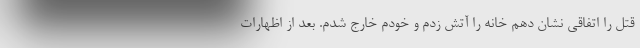
قتل را اتفاقی نشان دهم خانه را آتش زدم و خودم خارج شدم. بعد از اظهارات